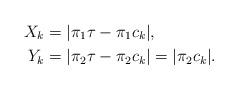
LaTeX: \begin{align*} X_{k} &= |\pi_1 \tau -\pi_1 c_{k}|, \\ Y_{k} &= |\pi_2 \tau -\pi_2 c_{k}|=|\pi_2 c_{k}|. \end{align*}